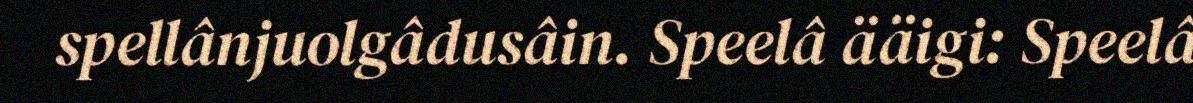
spellânjuolgâdusâin. Speelâ ääigi: Speelâ